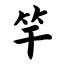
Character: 竿